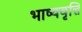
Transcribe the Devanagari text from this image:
भाष्यवृत्ति